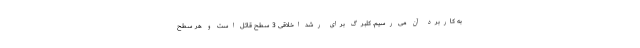
به کاربرد آن می رسیم. کلبرگ برای رشد اخلاقی 3 سطح قائل است و هر سطح